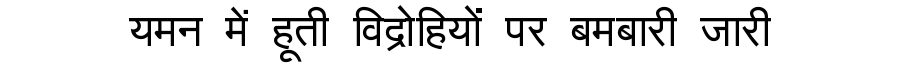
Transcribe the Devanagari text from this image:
यमन में हूती विद्रोहियों पर बमबारी जारी